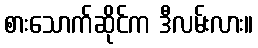
စားသောက်ဆိုင်က ဒီလမ်းလား။